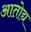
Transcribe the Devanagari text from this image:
आतोद्य